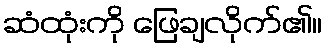
ဆံထုံးကို ဖြေချလိုက်၏။